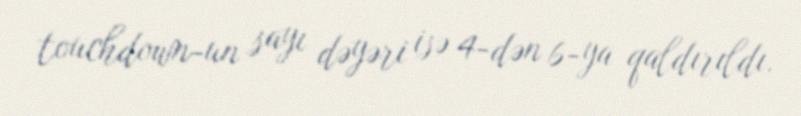
touchdown-un sayı dəyəri isə 4-dən 6-ya qaldırıldı.